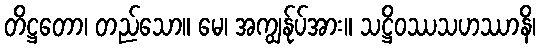
တိဋ္ဌတော၊ တည်သော။ မေ၊ အကျွန်ုပ်အား။ သဋ္ဌိဝဿသဟဿာနိ၊